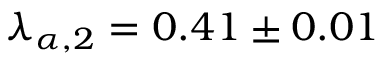
\lambda _ { \alpha , 2 } = 0 . 4 1 \pm 0 . 0 1